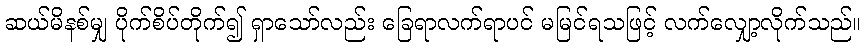
ဆယ်မိနစ်မျှ ပိုက်စိပ်တိုက်၍ ရှာသော်လည်း ခြေရာလက်ရာပင် မမြင်ရသဖြင့် လက်လျှော့လိုက်သည်။